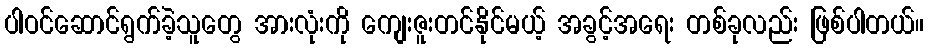
ပါဝင်ဆောင်ရွက်ခဲ့သူတွေ အားလုံးကို ကျေးဇူးတင်နိုင်မယ့် အခွင့်အရေး တစ်ခုလည်း ဖြစ်ပါတယ်။